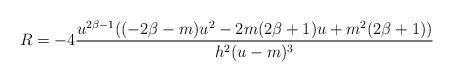
LaTeX: \begin{align*}R = - 4 \frac{ u^{ 2\beta - 1} (( -2 \beta - m) u^2 - 2m(2 \beta + 1) u + m^2(2 \beta + 1))}{h^2 (u-m)^3}\end{align*}